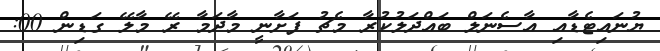
ޔުނައިޓެޑާއި އާސެނަލް ބައްދަލުކުރާ މެޗު ފަށާނީ މާދަމާ ރޭ މާލޭ ގަޑިން 00: